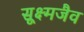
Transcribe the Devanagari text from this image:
सूक्ष्मजैव